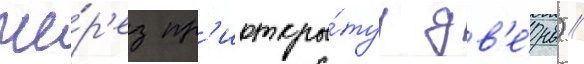
че́р'ез пр'иоткры́туу дв'е́рь) //